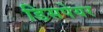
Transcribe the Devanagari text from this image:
डिसपेयर